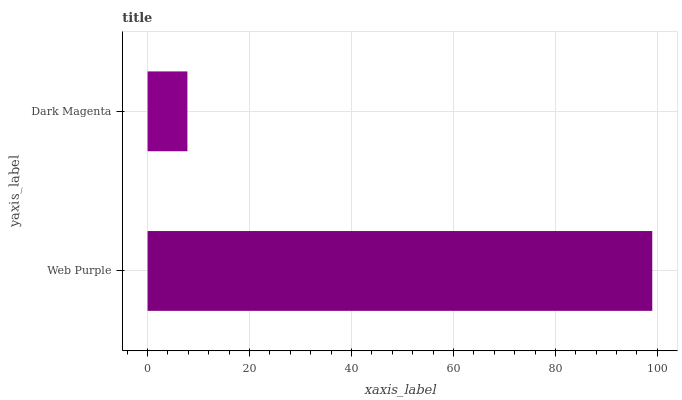
| yaxis_label | bars |
 | --- | --- |
 | Web Purple | 99 |
 | Dark Magenta | 7.81 |